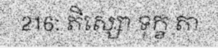
216: តិស្សោ ទុក្ខ តា